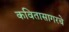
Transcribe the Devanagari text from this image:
कवितासागरचे